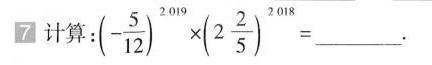
7 计算 ：( $$- \frac{5}{12})^{2019}\times(2 \frac{2}{5})^{2018} =$$ ______.